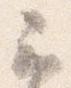
云